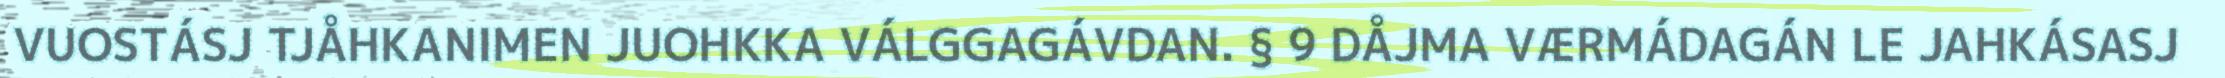
VUOSTÁSJ TJÅHKANIMEN JUOHKKA VÁLGGAGÁVDAN. § 9 DÅJMA VÆRMÁDAGÁN LE JAHKÁSASJ